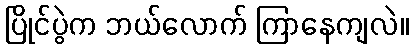
ပြိုင်ပွဲက ဘယ်လောက် ကြာနေကျလဲ။